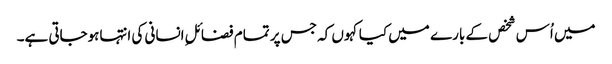
میں اُس شخص کے بارے میں کیا کہوں کہ جس پر تمام فضائلِ انسانی کی انتہاہوجاتی ہے۔